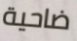
ضاحية